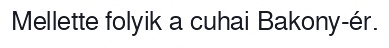
Mellette folyik a cuhai Bakony-ér.